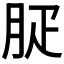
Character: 𦙬